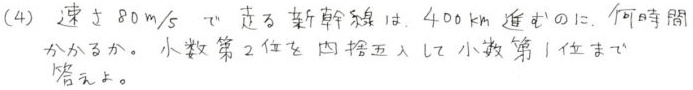
(4) 速さ \(80m/s\) で走る新幹線は， \(4.0km\) 進むのに，何時間かかるか。小数第2位を四捨五入して小数第1位まで答えよ。